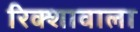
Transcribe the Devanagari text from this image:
रिक्शावाला